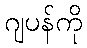
ဂျပန်ကို